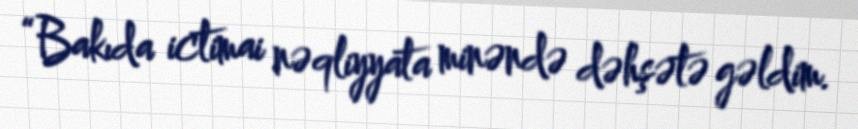
“Bakıda ictimai nəqliyyata minəndə dəhşətə gəldim.